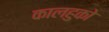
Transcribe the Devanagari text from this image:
कालहुको